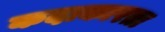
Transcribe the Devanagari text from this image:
कदाकारता